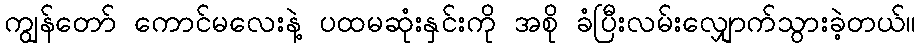
ကျွန်တော် ကောင်မလေးနဲ့ ပထမဆုံးနှင်းကို အစို ခံပြီးလမ်းလျှောက်သွားခဲ့တယ်။